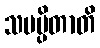
သမပ္ပိတာတိ